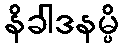
နိခါဒနမ္ပိ